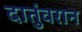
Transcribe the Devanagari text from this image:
दातुंवरान